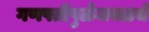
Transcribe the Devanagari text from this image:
गणपतीपुळेजवळचे